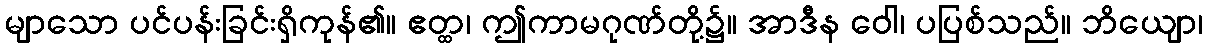
မျာသော ပင်ပန်းခြင်းရှိကုန်၏။ ဧတ္ထ၊ ဤကာမဂုဏ်တို့၌။ အာဒီန ဝေါ၊ ပပြစ်သည်။ ဘိယျော၊